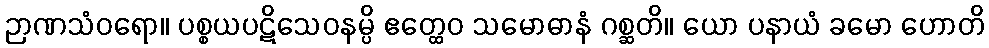
ဉာဏသံဝရော။ ပစ္စယပဋိသေဝနမ္ပိ ဧတ္ထေဝ သမောဓာနံ ဂစ္ဆတိ။ ယော ပနာယံ ခမော ဟောတိ